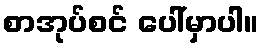
စာအုပ်စင် ပေါ်မှာပါ။